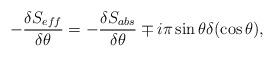
LaTeX: \begin{align*}-\frac{\delta S_{eff}}{\delta\theta}=-\frac{\delta S_{abs}}{\delta\theta}\mp i\pi\sin\theta\delta(\cos\theta), \end{align*}